Cholera in India, 1862 to 1881
Year: 1862
Disease focus: Cholera
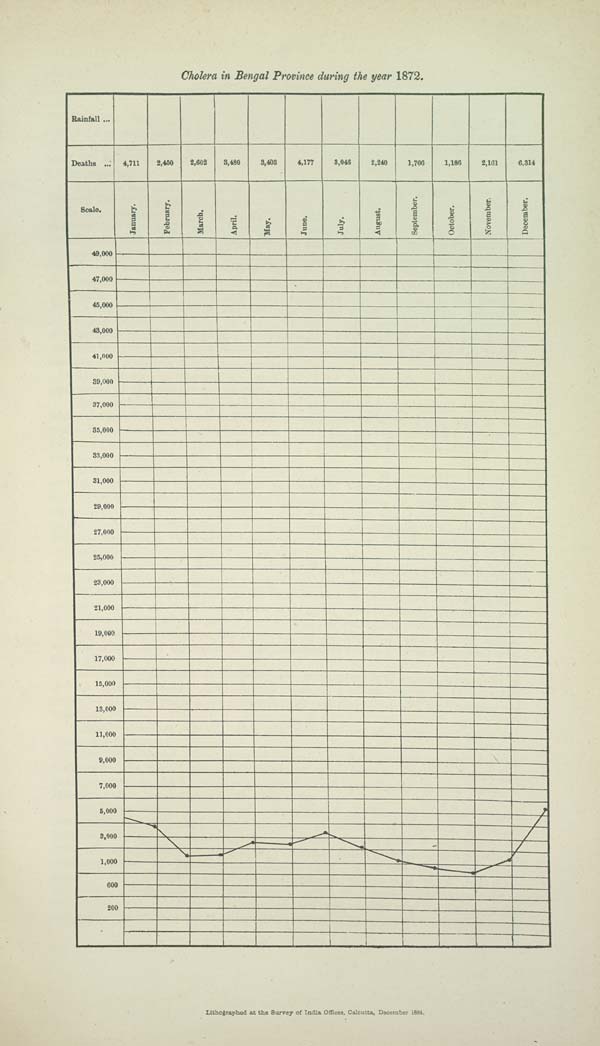
Cholera in Bengal Province during the year 1872.
Lithographed at the Survey of India Offices, Calcutta, December 1884.